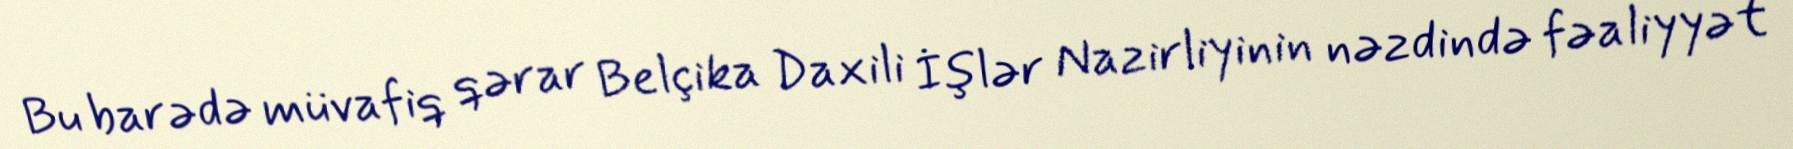
Bu barədə müvafiq qərar Belçika Daxili İşlər Nazirliyinin nəzdində fəaliyyət